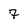
Character: 7